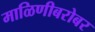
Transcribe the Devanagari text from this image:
माळिणीबरोबर